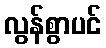
လွန်စွာပင်